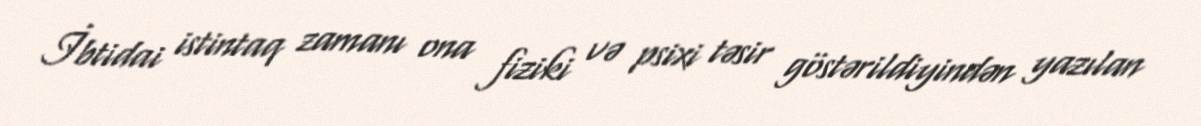
İbtidai istintaq zamanı ona fiziki və psixi təsir göstərildiyindən yazılan